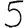
Digit: 5